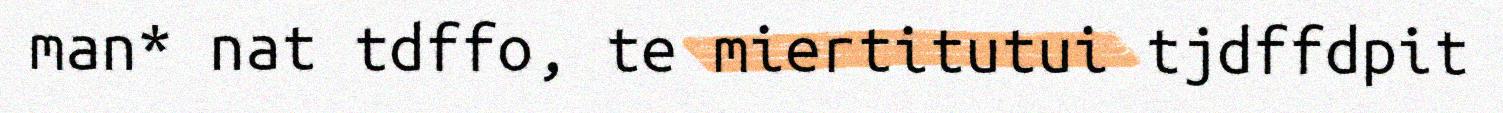
man* nat tdffo, te miertitutui tjdffdpit